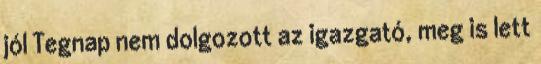
jól Tegnap nem dolgozott az igazgató, meg is lett